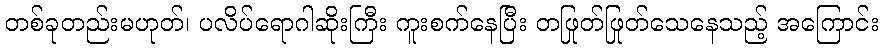
တစ်ခုတည်းမဟုတ်၊ ပလိပ်ရောဂါဆိုးကြီး ကူးစက်နေပြီး တဖြုတ်ဖြုတ်သေနေသည့် အကြောင်း